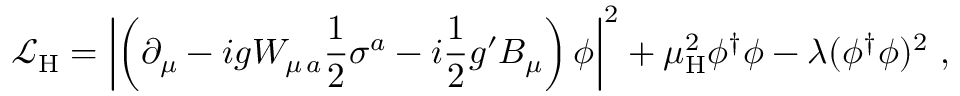
{ \mathcal { L } } _ { \mathrm { H } } = \left| \left( \partial _ { \mu } - i g W _ { \mu \, a } { \frac { 1 } { 2 } } \sigma ^ { a } - i { \frac { 1 } { 2 } } g ^ { \prime } B _ { \mu } \right) \phi \right| ^ { 2 } + \mu _ { \mathrm { H } } ^ { 2 } \phi ^ { \dagger } \phi - \lambda ( \phi ^ { \dagger } \phi ) ^ { 2 } \ ,